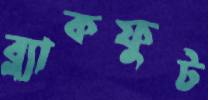
ব্ল্যাকফুট